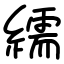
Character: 繻